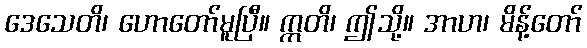
ဒေသေတိ၊ ဟောတော်မူပြီ။ ဣတိ၊ ဤသို့။ အာဟ၊ မိန့်တော်